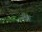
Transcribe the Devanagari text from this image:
नेफ